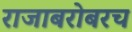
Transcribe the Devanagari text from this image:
राजाबरोबरच